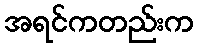
အရင်ကတည်းက